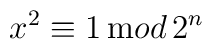
x^2\equiv 1\,{\mathrm mod}\,2^n